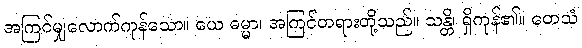
အကြင်မျှလောက်ကုန်သော။ ယေ ဓမ္မာ၊ အကြင်တရားတို့သည်။ သန္တိ၊ ရှိကုန်၏။ တေသံ